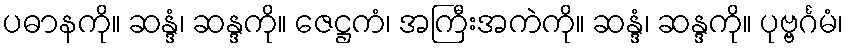
ပဓာနကို။ ဆန္ဒံ၊ ဆန္ဒကို။ ဇေဋ္ဌကံ၊ အကြီးအကဲကို။ ဆန္ဒံ၊ ဆန္ဒကို။ ပုဗ္ဗင်္ဂမံ၊